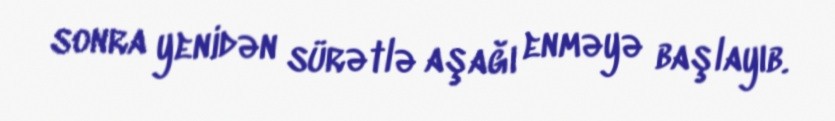
sonra yenidən sürətlə aşağı enməyə başlayıb.